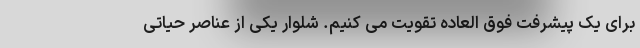
برای یک پیشرفت فوق العاده تقویت می کنیم. شلوار یکی از عناصر حیاتی